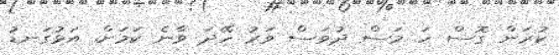
ކުރަން ގޮސް ހަ މަސް ދުވަސް ވަރު ހޭދަ ވާނެ ކަމަށް. އަޅުގަނޑު